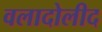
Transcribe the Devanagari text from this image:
वलादोलीद